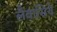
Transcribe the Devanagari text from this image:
लैवासिये